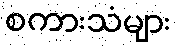
စကားသံများ